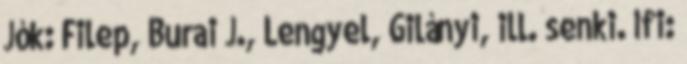
Jók: Filep, Burai J., Lengyel, Gilányi, ill. senki. Ifi: